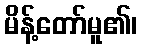
မိန့်တော်မူ၏၊